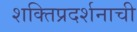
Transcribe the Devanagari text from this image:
शक्तिप्रदर्शनाची